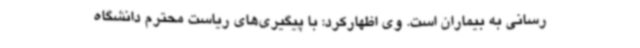
رسانی به بیماران است. وی اظهارکرد: با پیگیری‌های ریاست محترم دانشگاه